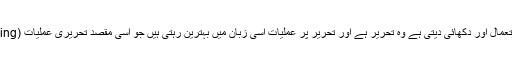
پہلی تو یہ ہے کہ ویب پر جو چیز سب سے زیادہ استعمال اور دکھائی دیتی ہے وہ تحریر ہے اور تحریر پر عملیات اسی زبان میں بہترین رہتی ہیں جو اسی مقصد تحریری عملیات (text processing) کے لیے بنی ہو جیسا کہ پرل ہے۔